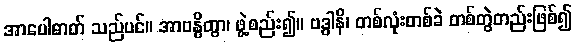
အာပေါဓာတ် သည်ပင်။ အာဗန္ဓိတွာ၊ ဖွဲ့စည်း၍။ ဗဒ္ဓါနိ၊ တစ်လုံးတစ်ခဲ တစ်တွဲတည်းဖြစ်၍